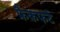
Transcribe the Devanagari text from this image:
फ्रैकफर्ट